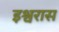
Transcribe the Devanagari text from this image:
इश्वरास